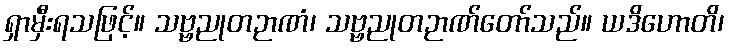
ရှာမှီးရသဖြင့်။ သဗ္ဗညုတဉာဏံ၊ သဗ္ဗညုတဉာဏ်တော်သည်။ ယဒိဟောတိ၊